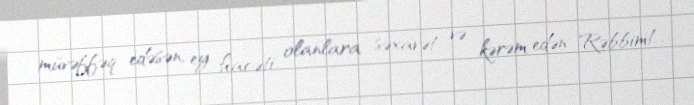
müvəffəq edəsən, ey hacəti olanlara səxavət və kərəm edən Rəbbim!.